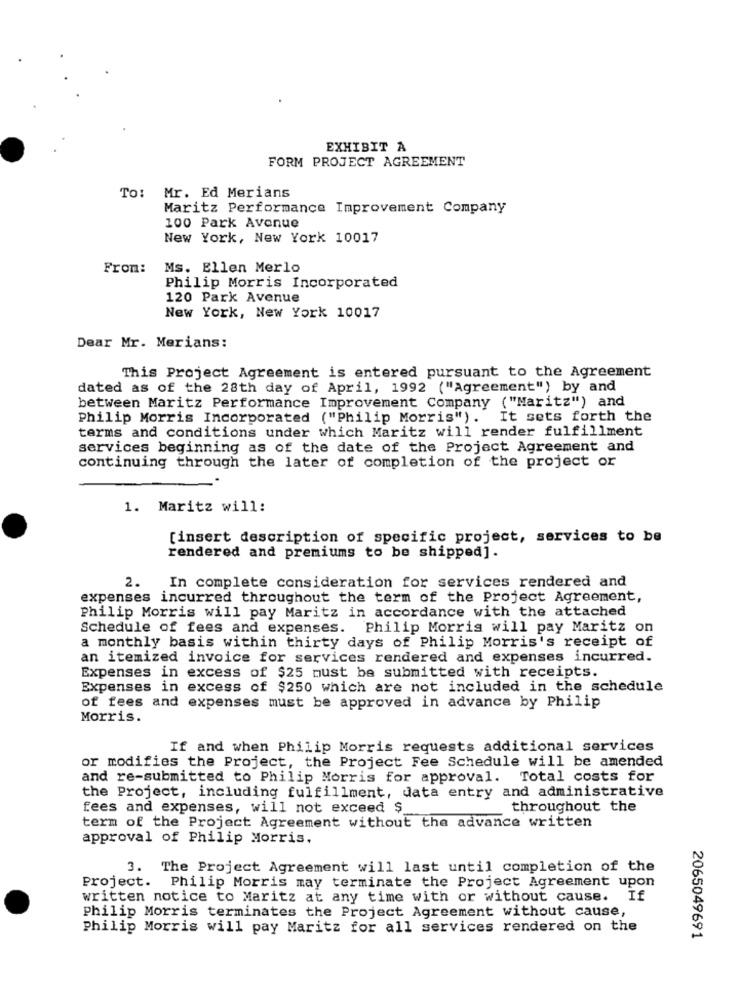
EXHIBIT A
FORM PROJECT AGREEMENT
TO:
Mr. Ed Merians
Maritz Performance Improvement Company
100 Park Avenue
New York, New York 10017
From:
Ms. Ellen Merlo
Philip Morris Incorporated
120 Park Avenue
New York, New York 10017
Dear Mr. Merians:
This Project Agreement is entered pursuant to the Agreement
dated as of the 28th day of April, 1992 ("Agreement") by and
between Maritz Performance Improvement Company ("Maritz") and
Philip Morris Incorporated ("Philip Morris"). It sets forth the
terms and conditions under which Maritz will render fulfillment
services beginning as of the date of the Project Agreement and
continuing through the later of completion of the project or
1. Maritz will:
[insert description of specific project, services to be
rendered and premiums to be shipped].
2.
In complete consideration for services rendered and
expenses incurred throughout the term of the Project Agreement,
Philip Morris will pay Maritz in accordance with the attached
Schedule of fees and expenses. Philip Morris will pay Maritz on
a monthly basis within thirty days of Philip Morris's receipt of
an itemized invoice for services rendered and expenses incurred.
Expenses in excess of $25 must be submitted with receipts.
Expenses in excess of $250 which are not included in the schedule
of fees and expenses must be approved in advance by Philip
Morris.
If and when Philip Morris requests additional services
or modifies the Project, the Project Fee Schedule will be amended
and re-submitted to Philip Morris for approval.
Total costs for
the Project, including fulfillment, data entry and administrative
fees and expenses, will not exceed $
throughout the
term of the Project Agreement without the advance written
approval of Philip Morris.
3. The Project Agreement will last until completion of the
Project. Philip Morris may terminate the Project Agreement upon
written notice to Maritz at any time with or without cause. If
Philip Morris terminates the Project Agreement without cause,
Philip Morris will pay Maritz for all services rendered on the
2065049691